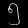
Digit: ၅